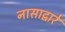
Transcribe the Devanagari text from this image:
नासाद्वारे